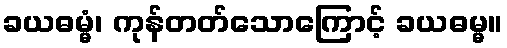
ခယဓမ္မံ၊ ကုန်တတ်သောကြောင့် ခယဓမ္မ။